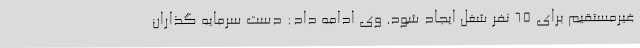
غیرمستقیم برای 65 نفر شغل ایجاد شود. وی ادامه داد: دست سرمایه گذاران